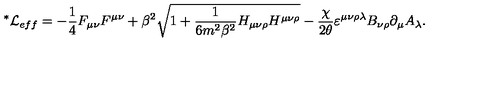
{ \mathrm { } ^ { * } \mathcal { L } } _ { e f f } = - \frac { 1 } { 4 } F _ { \mu \nu } F ^ { \mu \nu } + \beta ^ { 2 } \sqrt { 1 + \frac { 1 } { 6 m ^ { 2 } \beta ^ { 2 } } H _ { \mu \nu \rho } H ^ { \mu \nu \rho } } - \frac { \chi } { 2 \theta } \varepsilon ^ { \mu \nu \rho \lambda } B _ { \nu \rho } \partial _ { \mu } A _ { \lambda } .